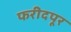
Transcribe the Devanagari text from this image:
फरीदपूर